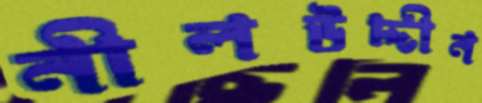
নীলউদ্দীন